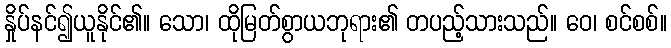
နှိုပ်နင်၍ယူနိုင်၏။ သော၊ ထိုမြတ်စွာယဘုရား၏ တပည့်သားသည်။ ဝေ၊ စင်စစ်။